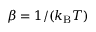
\beta = 1 / ( k _ { \mathrm { B } } T )